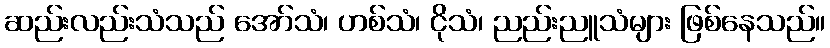
ဆည်းလည်းသံသည် အော်သံ၊ ဟစ်သံ၊ ငိုသံ၊ ညည်းညူသံများ ဖြစ်နေသည်။